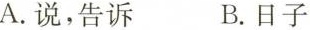
A.说，告诉 B.日子